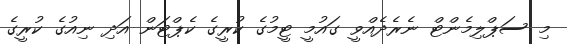
މި ސަޕްލިމެންޓް ނެރެދެއްވީ ގައުމީ ޓީމުގެ ކުރީގެ ކެޕްޓަން އަދި ނިއުގެ ކުރީގެ